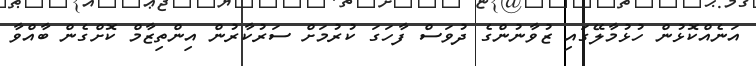
އަނެއްކޮޅުން ހުޅުމާލޭގައި ޒުވާނުންގެ ދުވަސް ފާހަގަ ކުރުމަށް ސަރުކާރުން އިންތިޒާމް ކޮށްގެން ބާއްވާ